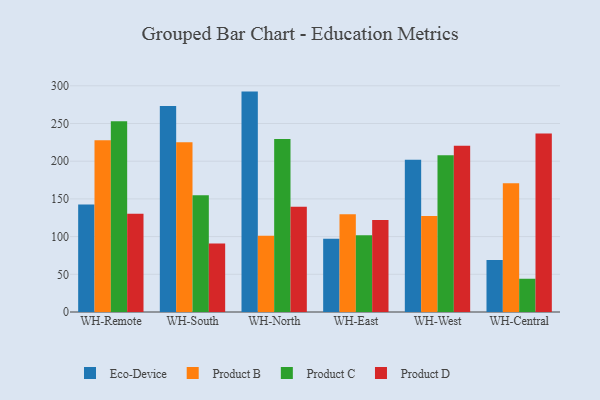
{"axis": {"x": "Warehouse", "y": "Website Visitors"}, "legend": ["Eco-Device", "Product B", "Product C", "Product D"], "data": [{"x": "WH-Remote", "y": 142.6, "type": "Eco-Device"}, {"x": "WH-Remote", "y": 227.7, "type": "Product B"}, {"x": "WH-Remote", "y": 252.9, "type": "Product C"}, {"x": "WH-Remote", "y": 130.2, "type": "Product D"}, {"x": "WH-South", "y": 273.3, "type": "Eco-Device"}, {"x": "WH-South", "y": 225.2, "type": "Product B"}, {"x": "WH-South", "y": 154.9, "type": "Product C"}, {"x": "WH-South", "y": 90.9, "type": "Product D"}, {"x": "WH-North", "y": 292.3, "type": "Eco-Device"}, {"x": "WH-North", "y": 101.0, "type": "Product B"}, {"x": "WH-North", "y": 229.3, "type": "Product C"}, {"x": "WH-North", "y": 139.6, "type": "Product D"}, {"x": "WH-East", "y": 97.3, "type": "Eco-Device"}, {"x": "WH-East", "y": 129.6, "type": "Product B"}, {"x": "WH-East", "y": 101.9, "type": "Product C"}, {"x": "WH-East", "y": 122.0, "type": "Product D"}, {"x": "WH-West", "y": 201.9, "type": "Eco-Device"}, {"x": "WH-West", "y": 127.3, "type": "Product B"}, {"x": "WH-West", "y": 207.9, "type": "Product C"}, {"x": "WH-West", "y": 220.4, "type": "Product D"}, {"x": "WH-Central", "y": 69.1, "type": "Eco-Device"}, {"x": "WH-Central", "y": 170.8, "type": "Product B"}, {"x": "WH-Central", "y": 44.1, "type": "Product C"}, {"x": "WH-Central", "y": 236.7, "type": "Product D"}]}